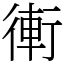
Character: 䡓